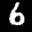
Label: 6